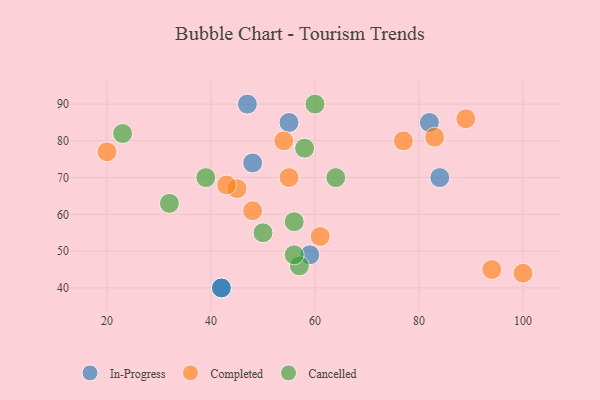
{"axis": {"x": "GDP", "y": "Life Expectancy"}, "legend": ["Cancelled", "Completed", "In-Progress"], "data": [{"x": "59", "y": 49, "type": "In-Progress"}, {"x": "48", "y": 74, "type": "In-Progress"}, {"x": "82", "y": 85, "type": "In-Progress"}, {"x": "42", "y": 40, "type": "In-Progress"}, {"x": "47", "y": 90, "type": "In-Progress"}, {"x": "55", "y": 85, "type": "In-Progress"}, {"x": "42", "y": 40, "type": "In-Progress"}, {"x": "84", "y": 70, "type": "In-Progress"}, {"x": "89", "y": 86, "type": "Completed"}, {"x": "54", "y": 80, "type": "Completed"}, {"x": "48", "y": 61, "type": "Completed"}, {"x": "83", "y": 81, "type": "Completed"}, {"x": "61", "y": 54, "type": "Completed"}, {"x": "55", "y": 70, "type": "Completed"}, {"x": "20", "y": 77, "type": "Completed"}, {"x": "94", "y": 45, "type": "Completed"}, {"x": "100", "y": 44, "type": "Completed"}, {"x": "45", "y": 67, "type": "Completed"}, {"x": "43", "y": 68, "type": "Completed"}, {"x": "77", "y": 80, "type": "Completed"}, {"x": "58", "y": 78, "type": "Cancelled"}, {"x": "50", "y": 55, "type": "Cancelled"}, {"x": "56", "y": 58, "type": "Cancelled"}, {"x": "23", "y": 82, "type": "Cancelled"}, {"x": "32", "y": 63, "type": "Cancelled"}, {"x": "57", "y": 46, "type": "Cancelled"}, {"x": "64", "y": 70, "type": "Cancelled"}, {"x": "60", "y": 90, "type": "Cancelled"}, {"x": "39", "y": 70, "type": "Cancelled"}, {"x": "56", "y": 49, "type": "Cancelled"}]}